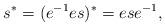
LaTeX: \begin{align*} s^{\ast}=(e^{-1}es)^{\ast}=ese^{-1},\end{align*}